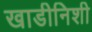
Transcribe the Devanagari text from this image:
खाडीनिशी